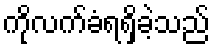
ကိုလက်ခံရရှိခဲ့သည်